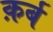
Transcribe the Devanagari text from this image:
क़र्ब